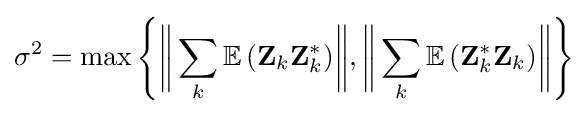
\sigma ^{2}=\max \left\{{\bigg \Vert }\sum _{k}\mathbb {E} \,(\mathbf {Z} _{k}\mathbf {Z} _{k}^{*}){\bigg \Vert },{\bigg \Vert }\sum _{k}\mathbb {E} \,(\mathbf {Z} _{k}^{*}\mathbf {Z} _{k}){\bigg \Vert }\right\}